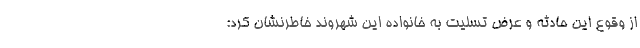
از وقوع این حادثه و عرض تسلیت به خانواده این شهروند خاطرنشان کرد: